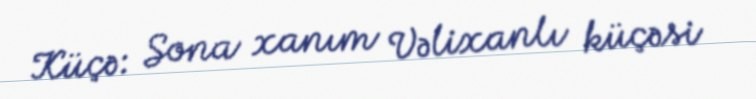
Küçə: Sona xanım Vəlixanlı küçəsi